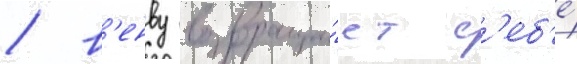
/ в'енву возвраща́ет с'еб'е́